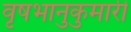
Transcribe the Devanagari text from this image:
वृषभानुकुमारी